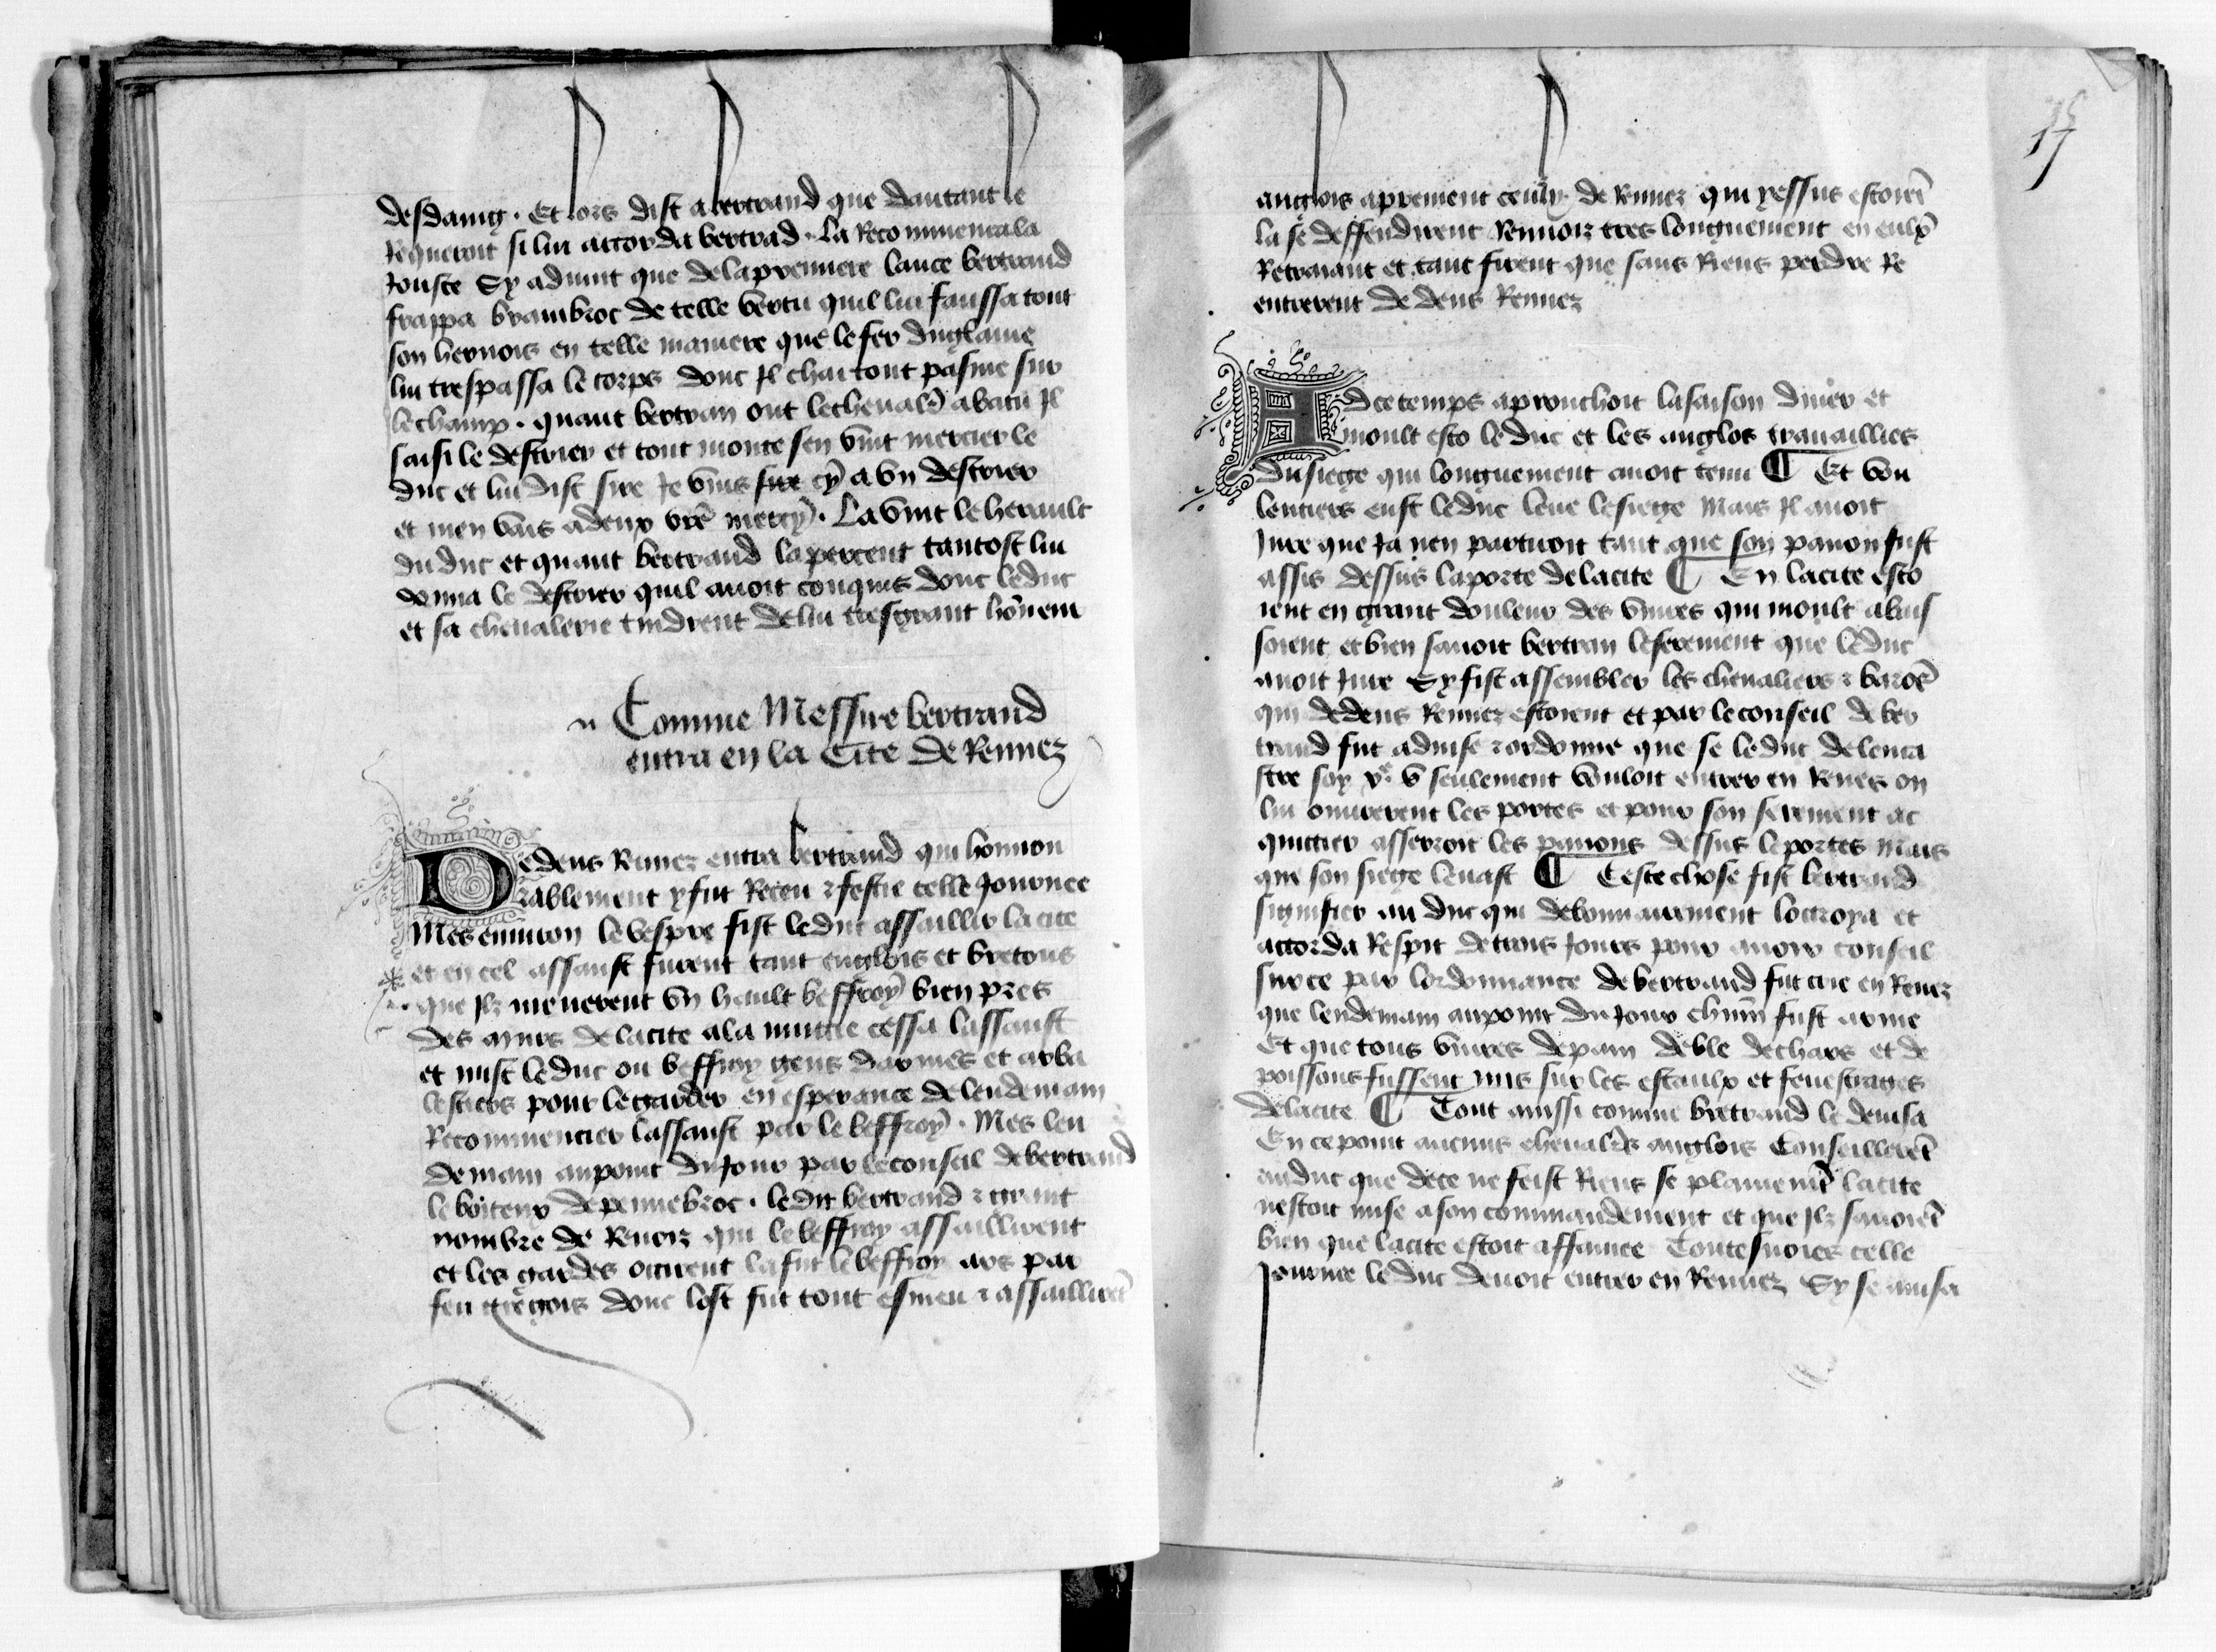
Shelfmark: Paris, BnF, fr. 1984
Century: 15